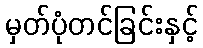
မှတ်ပုံတင်ခြင်းနှင့်